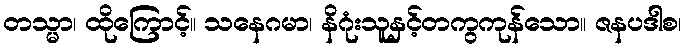
တသ္မာ၊ ထိုကြောင့်။ သနေဂမာ၊ နိဂုံးသူနှင့်တကွကုန်သော။ ဇနပဒါစ၊